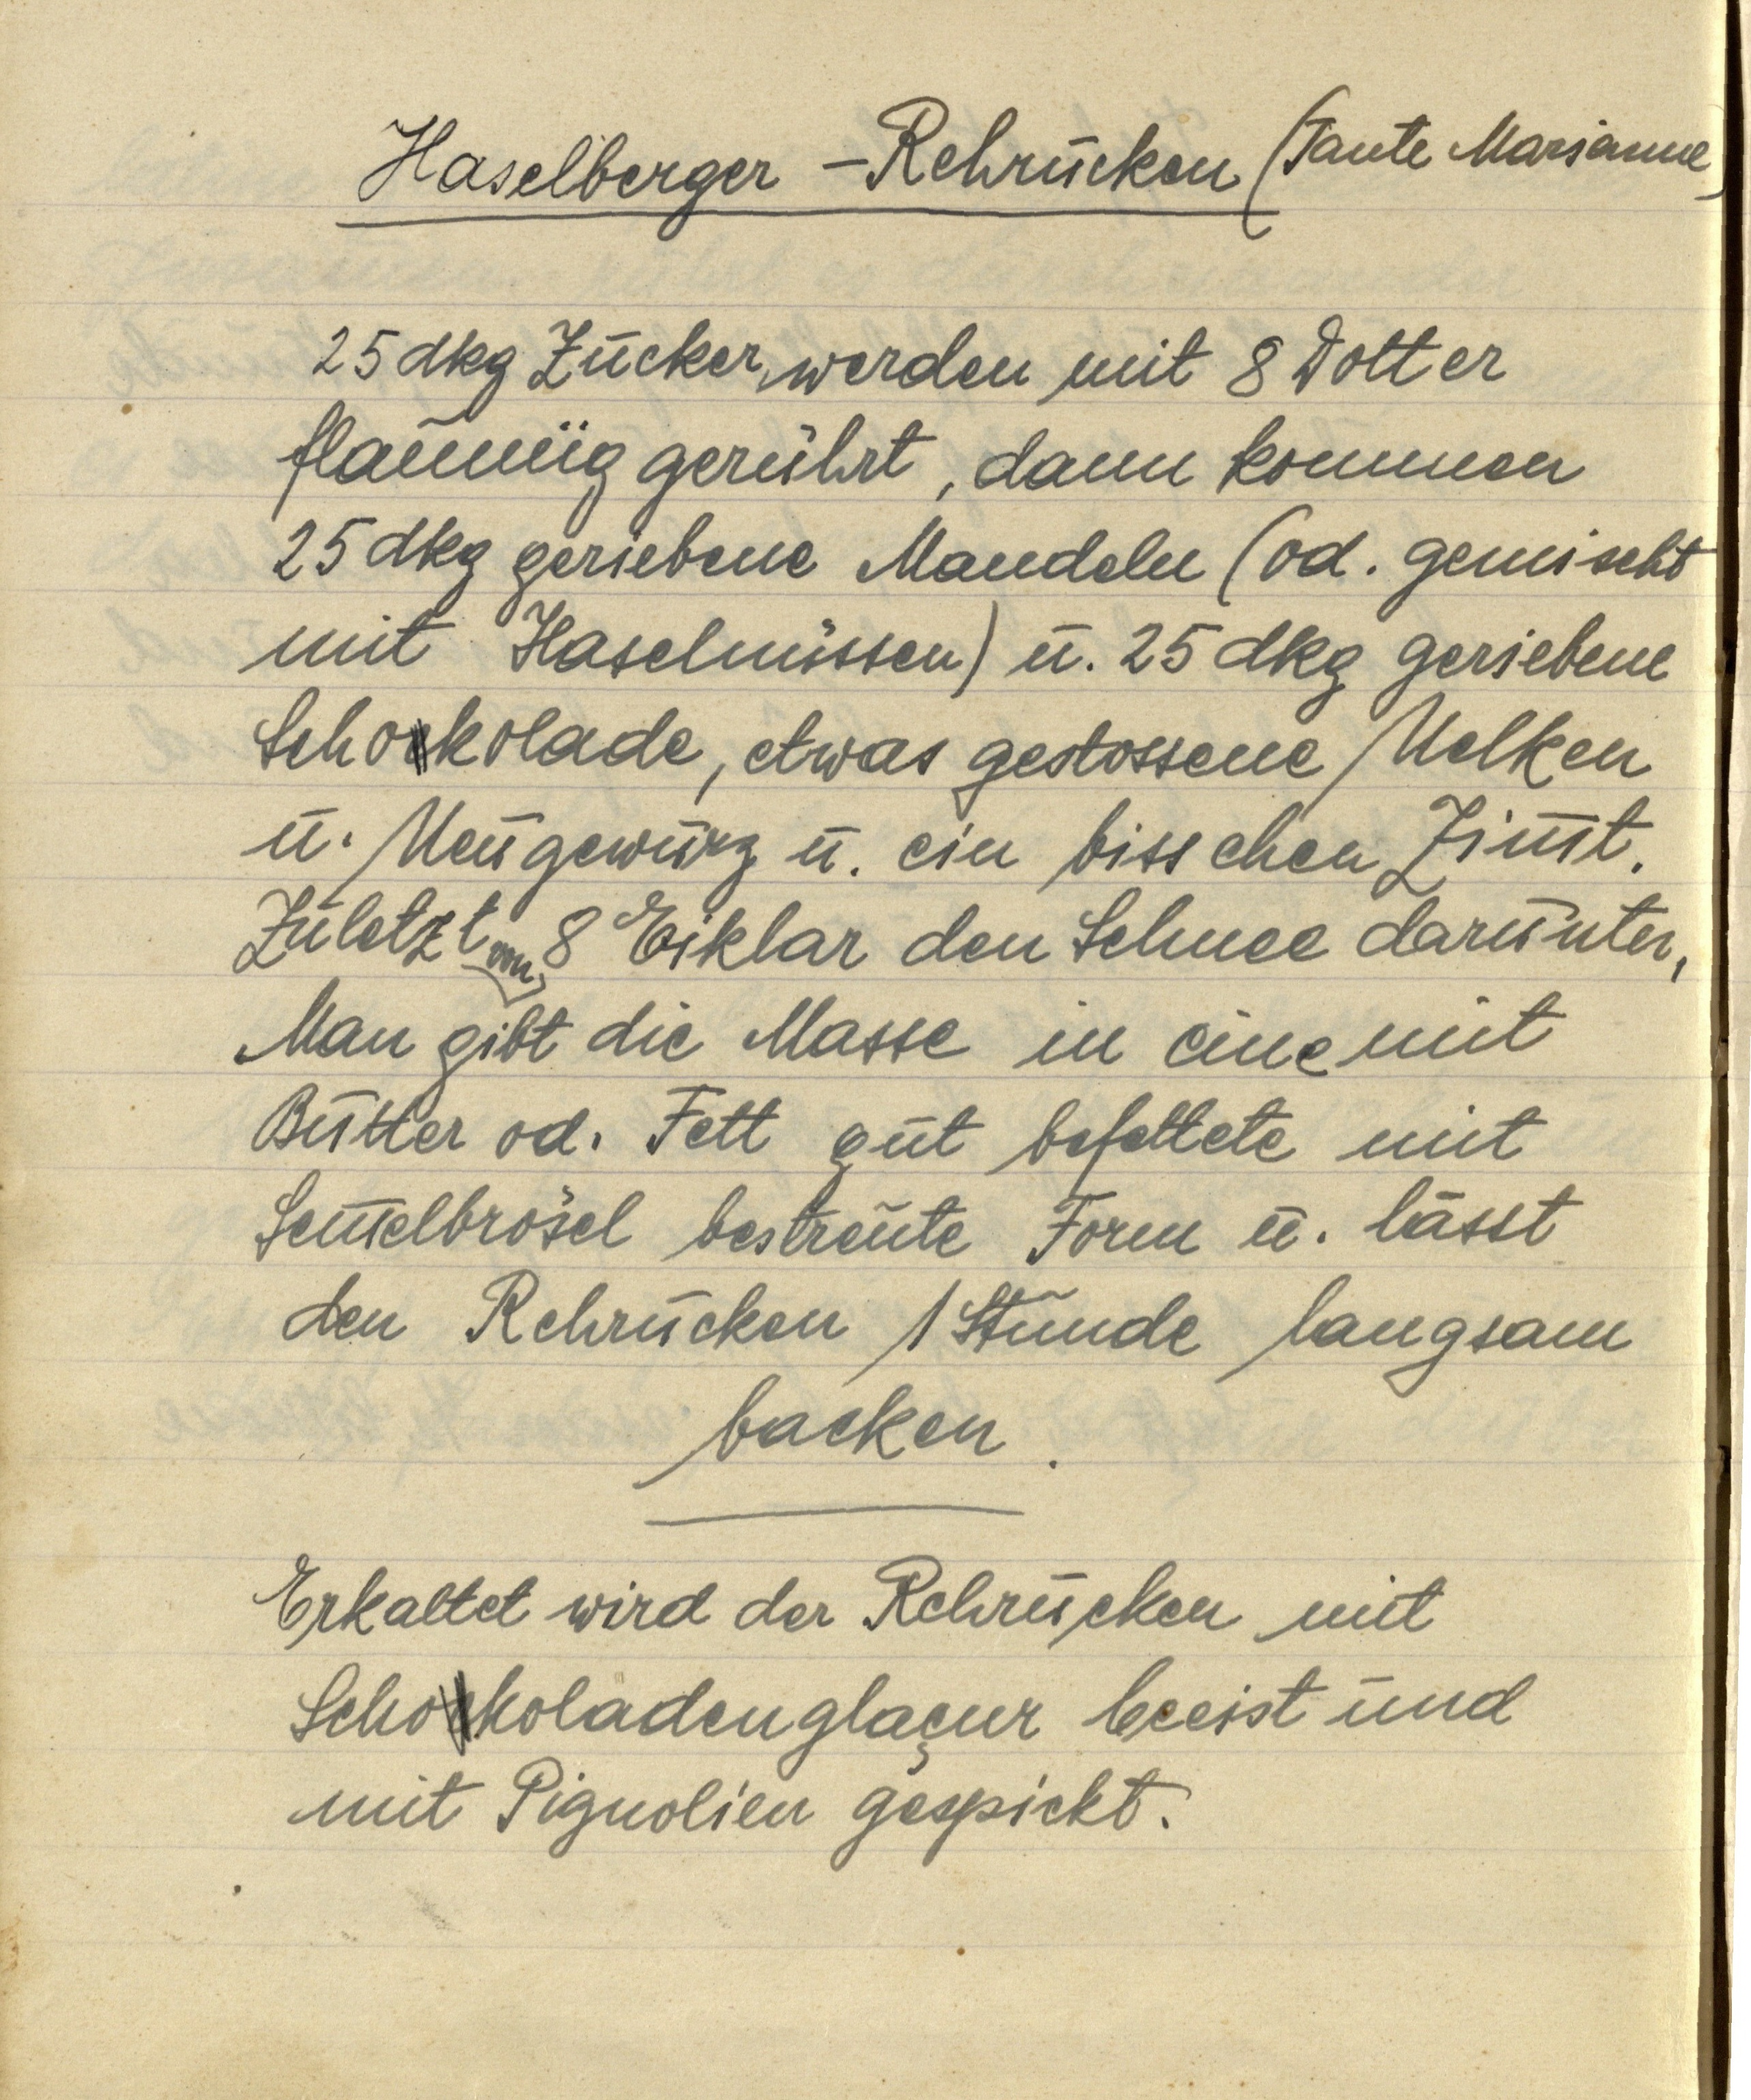
Haselberger — Rehrücken (Tante Marianne)

25 dkg Zucker werden mit 8 Dotter
flaumig gerührt, dann kommen
25 dkg geriebene Mandeln (od. gemischt
mit Haselnüssen) u. 25 dkg geriebene
Schockolade, etwas gestossene Nelken
u. Neugewürz u. ein bisschen Zimt.
Zuletzt von 8 Eiklar den Schnee dazutun,
Man gibt die Masse in eine mit
Butter od. Fett gut befettete mit
Semelbrösel bestreute Form u. lässt
den Rehrücken 1 Stunde langsam
backen.

Erkaltet wird der Rehrücken mit
Schockoladenglacur beeist und
mit Pignolien gespickt.